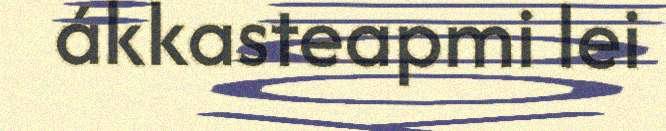
ákkasteapmi lei